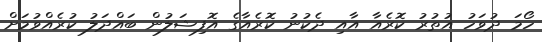
ހޯމަ ދުވަހު އުތުރު ކޮރެއާ އާއި ދެކުނު ކޮރެއާގެ އޮފިޝަލުން ބައްދަލު ކުރެއްވުމަށް